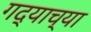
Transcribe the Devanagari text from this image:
गद्याच्या